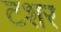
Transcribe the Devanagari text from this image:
टशर